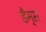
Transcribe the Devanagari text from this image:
डैम्स